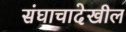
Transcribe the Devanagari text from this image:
संघाचादेखील